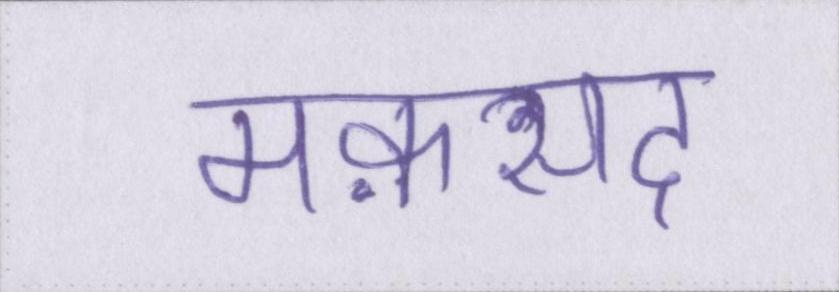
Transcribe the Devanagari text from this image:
मक़सद